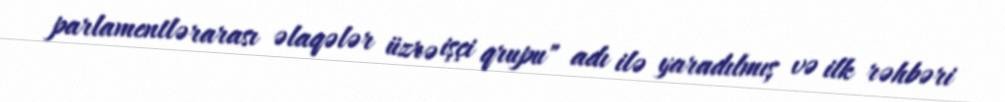
parlamentlərarası əlaqələr üzrə işçi qrupu" adı ilə yaradılmış və ilk rəhbəri